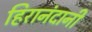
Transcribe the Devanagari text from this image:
हिरानंदानी